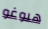
هيوغو